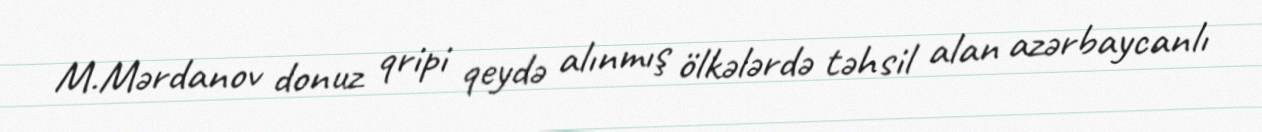
M.Mərdanov donuz qripi qeydə alınmış ölkələrdə təhsil alan azərbaycanlı